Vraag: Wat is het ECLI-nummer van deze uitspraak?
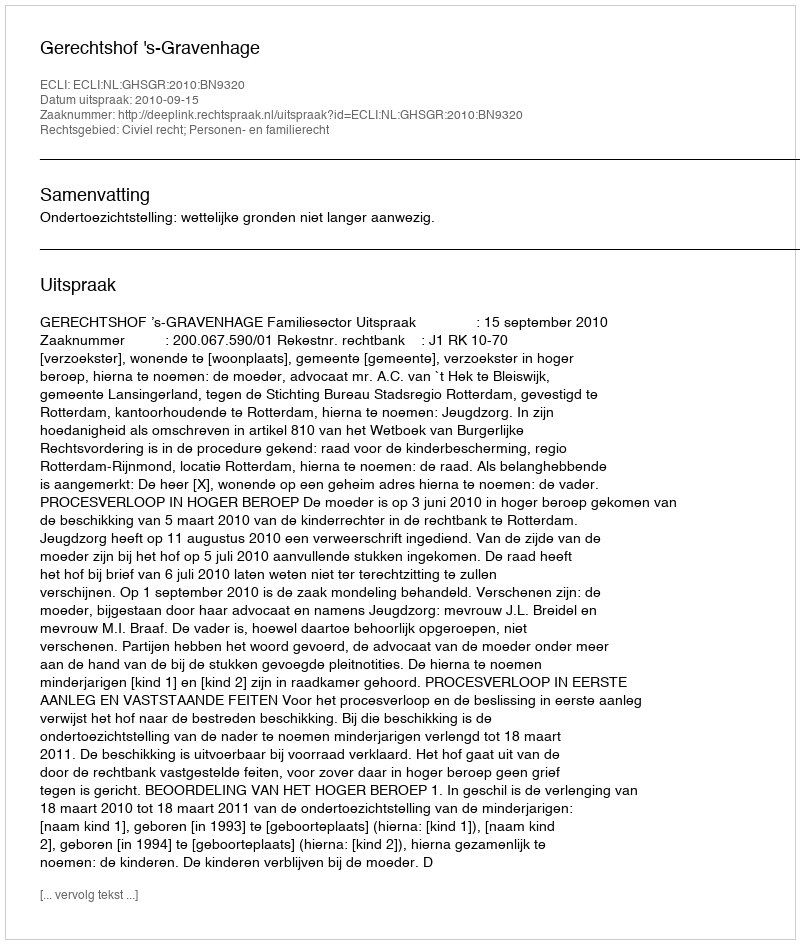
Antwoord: ECLI:NL:GHSGR:2010:BN9320